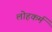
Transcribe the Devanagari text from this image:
लोहकर्म